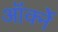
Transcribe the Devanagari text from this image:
ऑर्क्ने